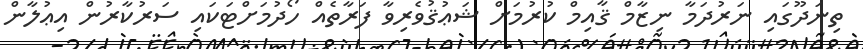
ތިނަދޫގައި ނަރުދަމާ ނިޒާމް ޤާއިމް ކުރުމަށް ޝަޢުޤުވެރިވާ ފަރާތެއް ހޯދުމަށްޓަކައި ސަރުކާރުން އިޢުލާން